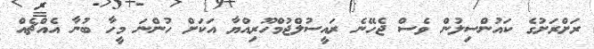
ރަށްރަށުގެ ކައުންސިލުން ވެސް ޖެހޭނެ ރައީސުލްޖުމްހޫރިއްޔާ އަކަށް ހުންނަ މީހާ ބުނާ އެއްޗެއް